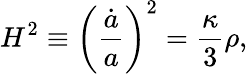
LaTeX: H^{2}\equiv\biggl(\frac{\dot{a}}{a}\biggr)^{2}=\frac{\kappa}{3}\rho,